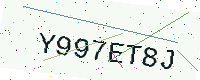
Text: Y997ET8J